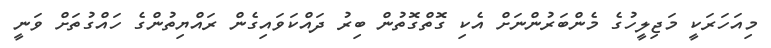
މިއަހަރަކީ މަޖިލީހުގެ މެންބަރުންނަށް އެކި ގޮތްގޮތުން ބިރު ދައްކަވައިގެން ރައްޔިތުންގެ ހައްގުތަށް ވަނީ